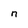
Character: n